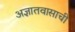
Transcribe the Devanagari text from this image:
अज्ञातवासाची